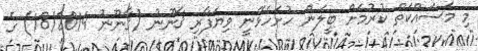
މި މަސައްކަތް ކުރުމަށް ބީލަން ހުށަހެޅޭނީ ވިޔަފާރި ޤާނޫނު (ޤާނޫނު 18/2014) ގެ